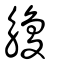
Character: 觼